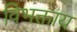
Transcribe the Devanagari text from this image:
विभक्ताय